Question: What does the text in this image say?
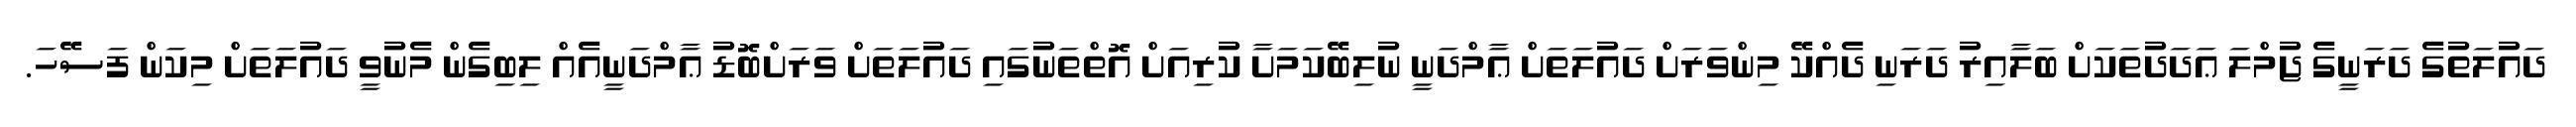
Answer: ދައުލަތުގެ ދަރަނީގެ ޖުމްލަ ޢަދަދުތަކަށް ބަލާއިރު ދަރަނި ދެއްކޭ މިންވަރަށް ދައުލަތަށް ޢާމްދަނީ ނުލިބޭކަމަށާ ކުރިއަށް އޮތްތަނުގައި ދައުލަތަށް ވަރަށްބޮޑު ޢާމްދަނީއެއް ލިބިގެން މެނުވީ ދައުލަތަށް މިކަން ފަސޭހަ.